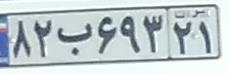
۸۲ب۶۹۳۲۱